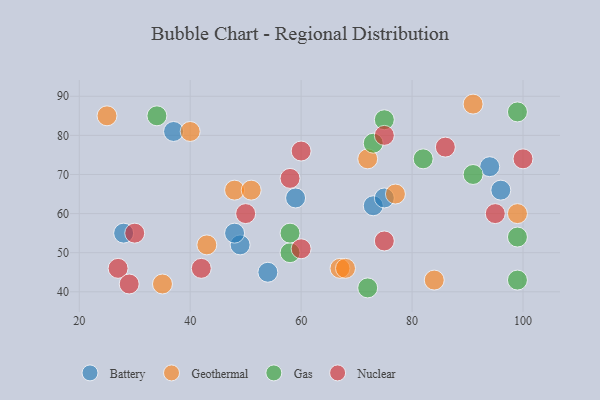
{"axis": {"x": "GDP", "y": "Life Expectancy"}, "legend": ["Battery", "Gas", "Geothermal", "Nuclear"], "data": [{"x": "49", "y": 52, "type": "Battery"}, {"x": "94", "y": 72, "type": "Battery"}, {"x": "28", "y": 55, "type": "Battery"}, {"x": "59", "y": 64, "type": "Battery"}, {"x": "54", "y": 45, "type": "Battery"}, {"x": "48", "y": 55, "type": "Battery"}, {"x": "73", "y": 62, "type": "Battery"}, {"x": "96", "y": 66, "type": "Battery"}, {"x": "75", "y": 64, "type": "Battery"}, {"x": "37", "y": 81, "type": "Battery"}, {"x": "40", "y": 81, "type": "Geothermal"}, {"x": "84", "y": 43, "type": "Geothermal"}, {"x": "67", "y": 46, "type": "Geothermal"}, {"x": "35", "y": 42, "type": "Geothermal"}, {"x": "48", "y": 66, "type": "Geothermal"}, {"x": "43", "y": 52, "type": "Geothermal"}, {"x": "51", "y": 66, "type": "Geothermal"}, {"x": "91", "y": 88, "type": "Geothermal"}, {"x": "68", "y": 46, "type": "Geothermal"}, {"x": "99", "y": 60, "type": "Geothermal"}, {"x": "25", "y": 85, "type": "Geothermal"}, {"x": "77", "y": 65, "type": "Geothermal"}, {"x": "72", "y": 74, "type": "Geothermal"}, {"x": "91", "y": 70, "type": "Gas"}, {"x": "72", "y": 41, "type": "Gas"}, {"x": "58", "y": 50, "type": "Gas"}, {"x": "58", "y": 55, "type": "Gas"}, {"x": "99", "y": 86, "type": "Gas"}, {"x": "75", "y": 84, "type": "Gas"}, {"x": "82", "y": 74, "type": "Gas"}, {"x": "99", "y": 54, "type": "Gas"}, {"x": "99", "y": 43, "type": "Gas"}, {"x": "34", "y": 85, "type": "Gas"}, {"x": "73", "y": 78, "type": "Gas"}, {"x": "50", "y": 60, "type": "Nuclear"}, {"x": "27", "y": 46, "type": "Nuclear"}, {"x": "100", "y": 74, "type": "Nuclear"}, {"x": "29", "y": 42, "type": "Nuclear"}, {"x": "60", "y": 76, "type": "Nuclear"}, {"x": "42", "y": 46, "type": "Nuclear"}, {"x": "86", "y": 77, "type": "Nuclear"}, {"x": "30", "y": 55, "type": "Nuclear"}, {"x": "75", "y": 80, "type": "Nuclear"}, {"x": "58", "y": 69, "type": "Nuclear"}, {"x": "95", "y": 60, "type": "Nuclear"}, {"x": "60", "y": 51, "type": "Nuclear"}, {"x": "75", "y": 53, "type": "Nuclear"}]}